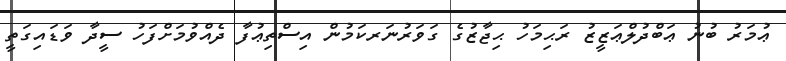
ޢުމަރު ބުނު ޢަބްދުލްޢަޒީޒު ރަޙިމަހު ޙިޖާޒުގެ ގަވަރުނަރކަމުން އިސްތިޢުފާ ދެއްވުމަށްފަހު ސީދާ ވަޑައިގަތީ